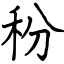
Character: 秎